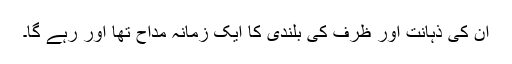
ان کی ذہانت اور ظرف کی بلندی کا ایک زمانہ مداح تھا اور رہے گا۔